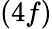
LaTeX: (4f)